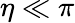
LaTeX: \eta\ll\pi